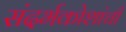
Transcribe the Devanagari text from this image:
संदर्भकोशांची